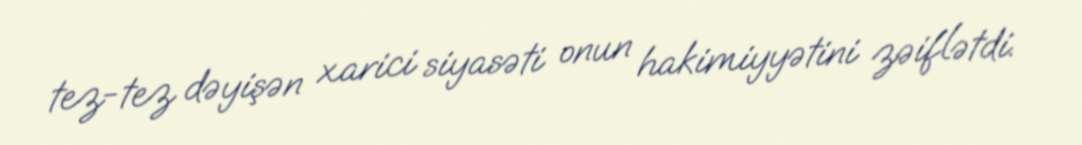
tez-tez dəyişən xarici siyasəti onun hakimiyyətini zəiflətdi.